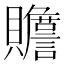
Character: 𰷜